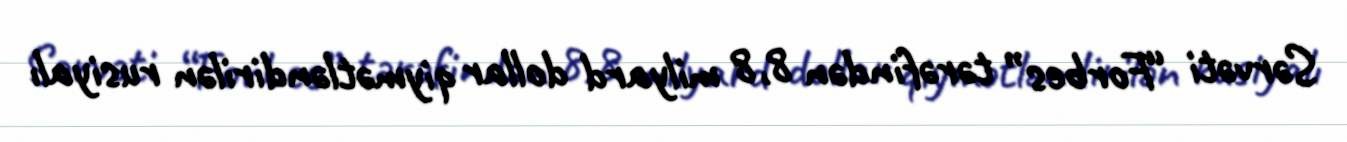
Sərvəti “Forbes” tərəfindən 8,8 milyard dollar qiymətləndirilən rusiyalı